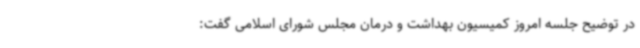
در توضیح جلسه امروز کمیسیون بهداشت و درمان مجلس شورای اسلامی گفت: